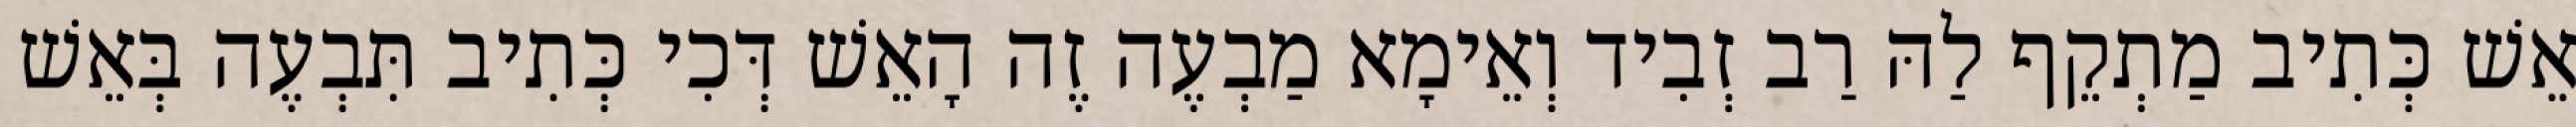
אֵשׁ כְּתִיב מַתְקֵף לַהּ רַב זְבִיד וְאֵימָא מַבְעֶה זֶה הָאֵשׁ דְּכִי כְּתִיב תִּבְעֶה בְּאֵשׁ